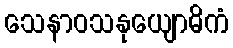
သေနာဝသနုယျောဓိကံ